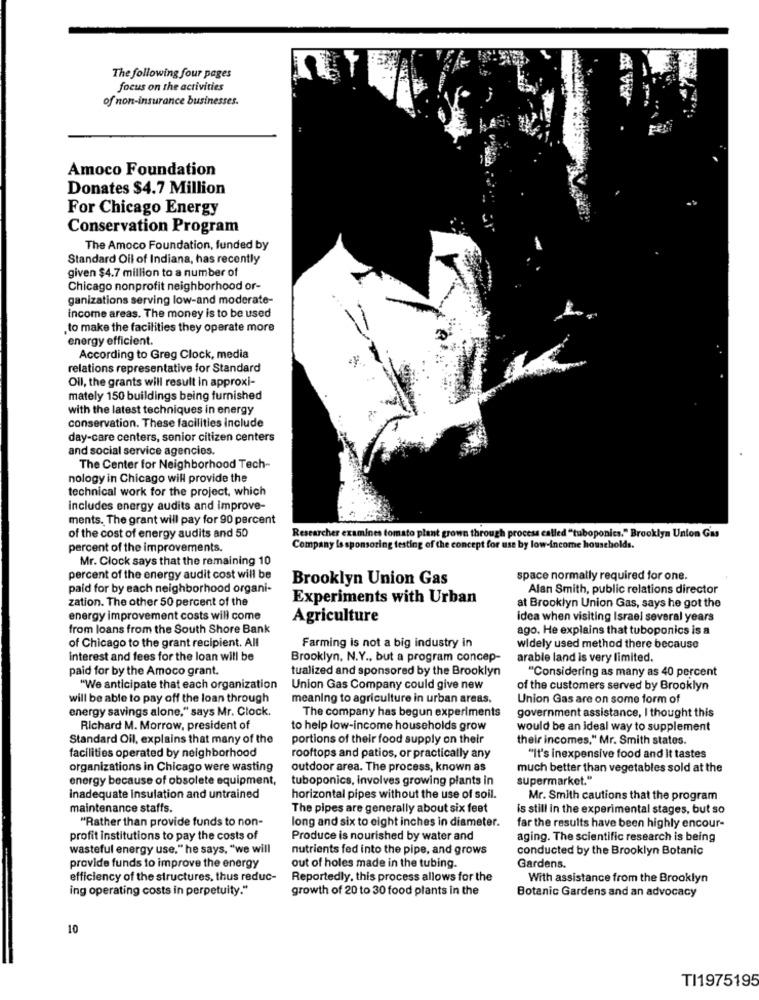
The following four pages
focus on the activities
of non-insurance businesses.
Amoco Foundation
Donates $4.7 Million
For Chicago Energy
Conservation Program
The Amoco Foundation, funded by
Standard Oil of Indiana, has recently
given $4.7 million to a number of
Chicago nonprofit neighborhood or-
ganizations serving low-and moderate-
income areas. The money is to be used
to make the facilities they operate more
energy efficient.
According to Greg Clock, media
relations representative for Standard
Oil, the grants will result in approxi-
mately 150 buildings being furnished
with the latest techniques in energy
conservation. These facilities include
day-care centers, senior citizen centers
and social service agencies.
The Center for Neighborhood Tech-
nology in Chicago will provide the
technical work for the project, which
Includes energy audits and improve-
ments. The grant will pay for 90 percent
of the cost of energy audits and 50
Researcher examines tomato plant grown through process called "tuboponics." Brooklyn Union Gas
percent of the improvements.
Company is sponsoring testing of the concept for use by low-income households.
Mr. Clock says that the remaining 10
percent of the energy audit cost will be
Brooklyn Union Gas
space normally required for one.
paid for by each neighborhood organi-
Alan Smith, public relations director
zation. The other 50 percent of the
Experiments with Urban
at Brooklyn Union Gas, says he got the
energy improvement costs will come
Agriculture
idea when visiting Israel several years
from loans from the South Shore Bank
ago. He explains that tuboponics is a
of Chicago to the grant recipient. All
Farming is not a big industry in
widely used method there because
Interest and fees for the loan will be
Brooklyn, N.Y ., but a program concep-
arable land is very limited.
paid for by the Amoco grant.
tualized and sponsored by the Brooklyn
"Considering as many as 40 percent
"We anticipate that each organization
Union Gas Company could give new
of the customers served by Brooklyn
will be able to pay off the loan through
meaning to agriculture in urban areas.
Union Gas are on some form of
energy savings alone," says Mr. Clock.
The company has begun experiments
government assistance, I thought this
Richard M. Morrow, president of
to help low-income households grow
would be an ideal way to supplement
Standard Oil, explains that many of the
portions of their food supply on their
their incomes," Mr. Smith states
facilities operated by neighborhood
rooftops and patios, or practically any
"It's inexpensive food and it tastes
organizations in Chicago were wasting
outdoor area. The process, known as
much better than vegetables sold at the
energy because of obsolete equipment,
tuboponics, involves growing plants in
supermarket."
inadequate insulation and untrained
horizontal pipes without the use of soil.
Mr. Smith cautions that the program
maintenance staffs.
The pipes are generally about six feet
is still in the experimental stages, but so
"Rather than provide funds to non-
long and six to eight inches in diameter.
far the results have been highly encour-
profit institutions to pay the costs of
Produce is nourished by water and
aging. The scientific research is being
wasteful energy use," he says, "we will
nutrients fed into the pipe, and grows
conducted by the Brooklyn Botanic
provide funds to improve the energy
out of holes made in the tubing.
Gardens.
efficiency of the structures, thus reduc-
Reportedly, this process allows for the
With assistance from the Brooklyn
ing operating costs in perpetuity."
growth of 20 to 30 food plants in the
Botanic Gardens and an advocacy
10
TI1975195